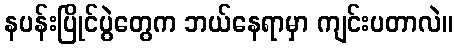
နပန်းပြိုင်ပွဲတွေက ဘယ်နေရာမှာ ကျင်းပတာလဲ။